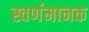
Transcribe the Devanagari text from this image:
स्वर्णमानक